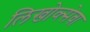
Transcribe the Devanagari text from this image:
लिखोव्त्सेवा